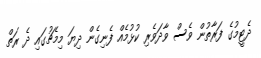
ދެޓީމުގެ ފަރާތުން ވެސް ވާދަވެރި ކުޅުމެއް ފެނިގެން ދިޔަ މިމެޗުގައި ދެ ރަތް